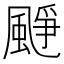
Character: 𩗲